Dysentery in Hazaribagh Central Jail - Number 52
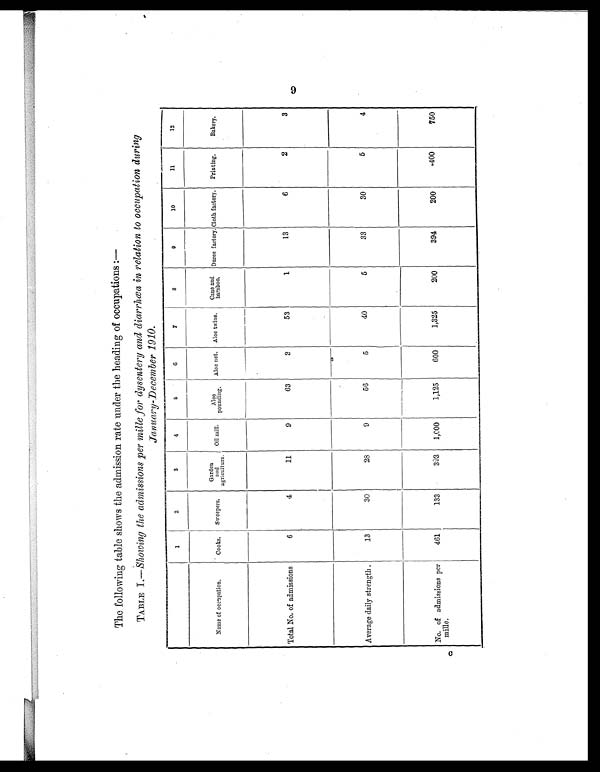
1
2
3
4
5
6
7
8
9
10
11
12
Name of occupation.
Cooks.
Sweepers.
Garden
and
agriculture.
Oil mill.
Aloe
pounding. Aloe net. Aloe twine. Cane and
bamboo.
Duree factory. Cloth factory. Printing.
Bakery.
Total No. of admissions
6
4
11
9
63
3
53
1
13
6
2
3
Average daily strength.
13
30
28
9
56
5
40
5
33
30
5
4
No. of admissions per
mille.
461
133
393
1,000
1,125
600
1,325
200
394
200
400
750
9
The following table shows the admission rate under the heading of occupations:
—
TABLE I.— Showing the admissions per mille for dysentery and diarrhæa in relation to occupation during
January-December 1910.